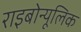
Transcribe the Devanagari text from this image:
राइबोन्यूलिक